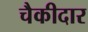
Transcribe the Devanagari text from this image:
चैकीदार